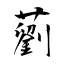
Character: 藰